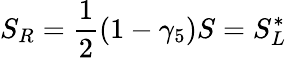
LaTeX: S_{R}=\frac{1}{2}(1-\gamma_{5})S=S_{L}^{*}